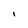
Character: I